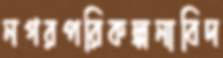
নগরপরিকল্পনাবিদ